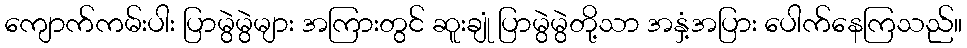
ကျောက်ကမ်းပါး ပြာမွဲမွဲများ အကြားတွင် ဆူးချုံ ပြာမွဲမွဲတို့သာ အနှံ့အပြား ပေါက်နေကြသည်။